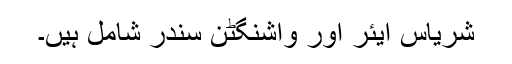
شریاس ایئر اور واشنگٹن سندر شامل ہیں۔